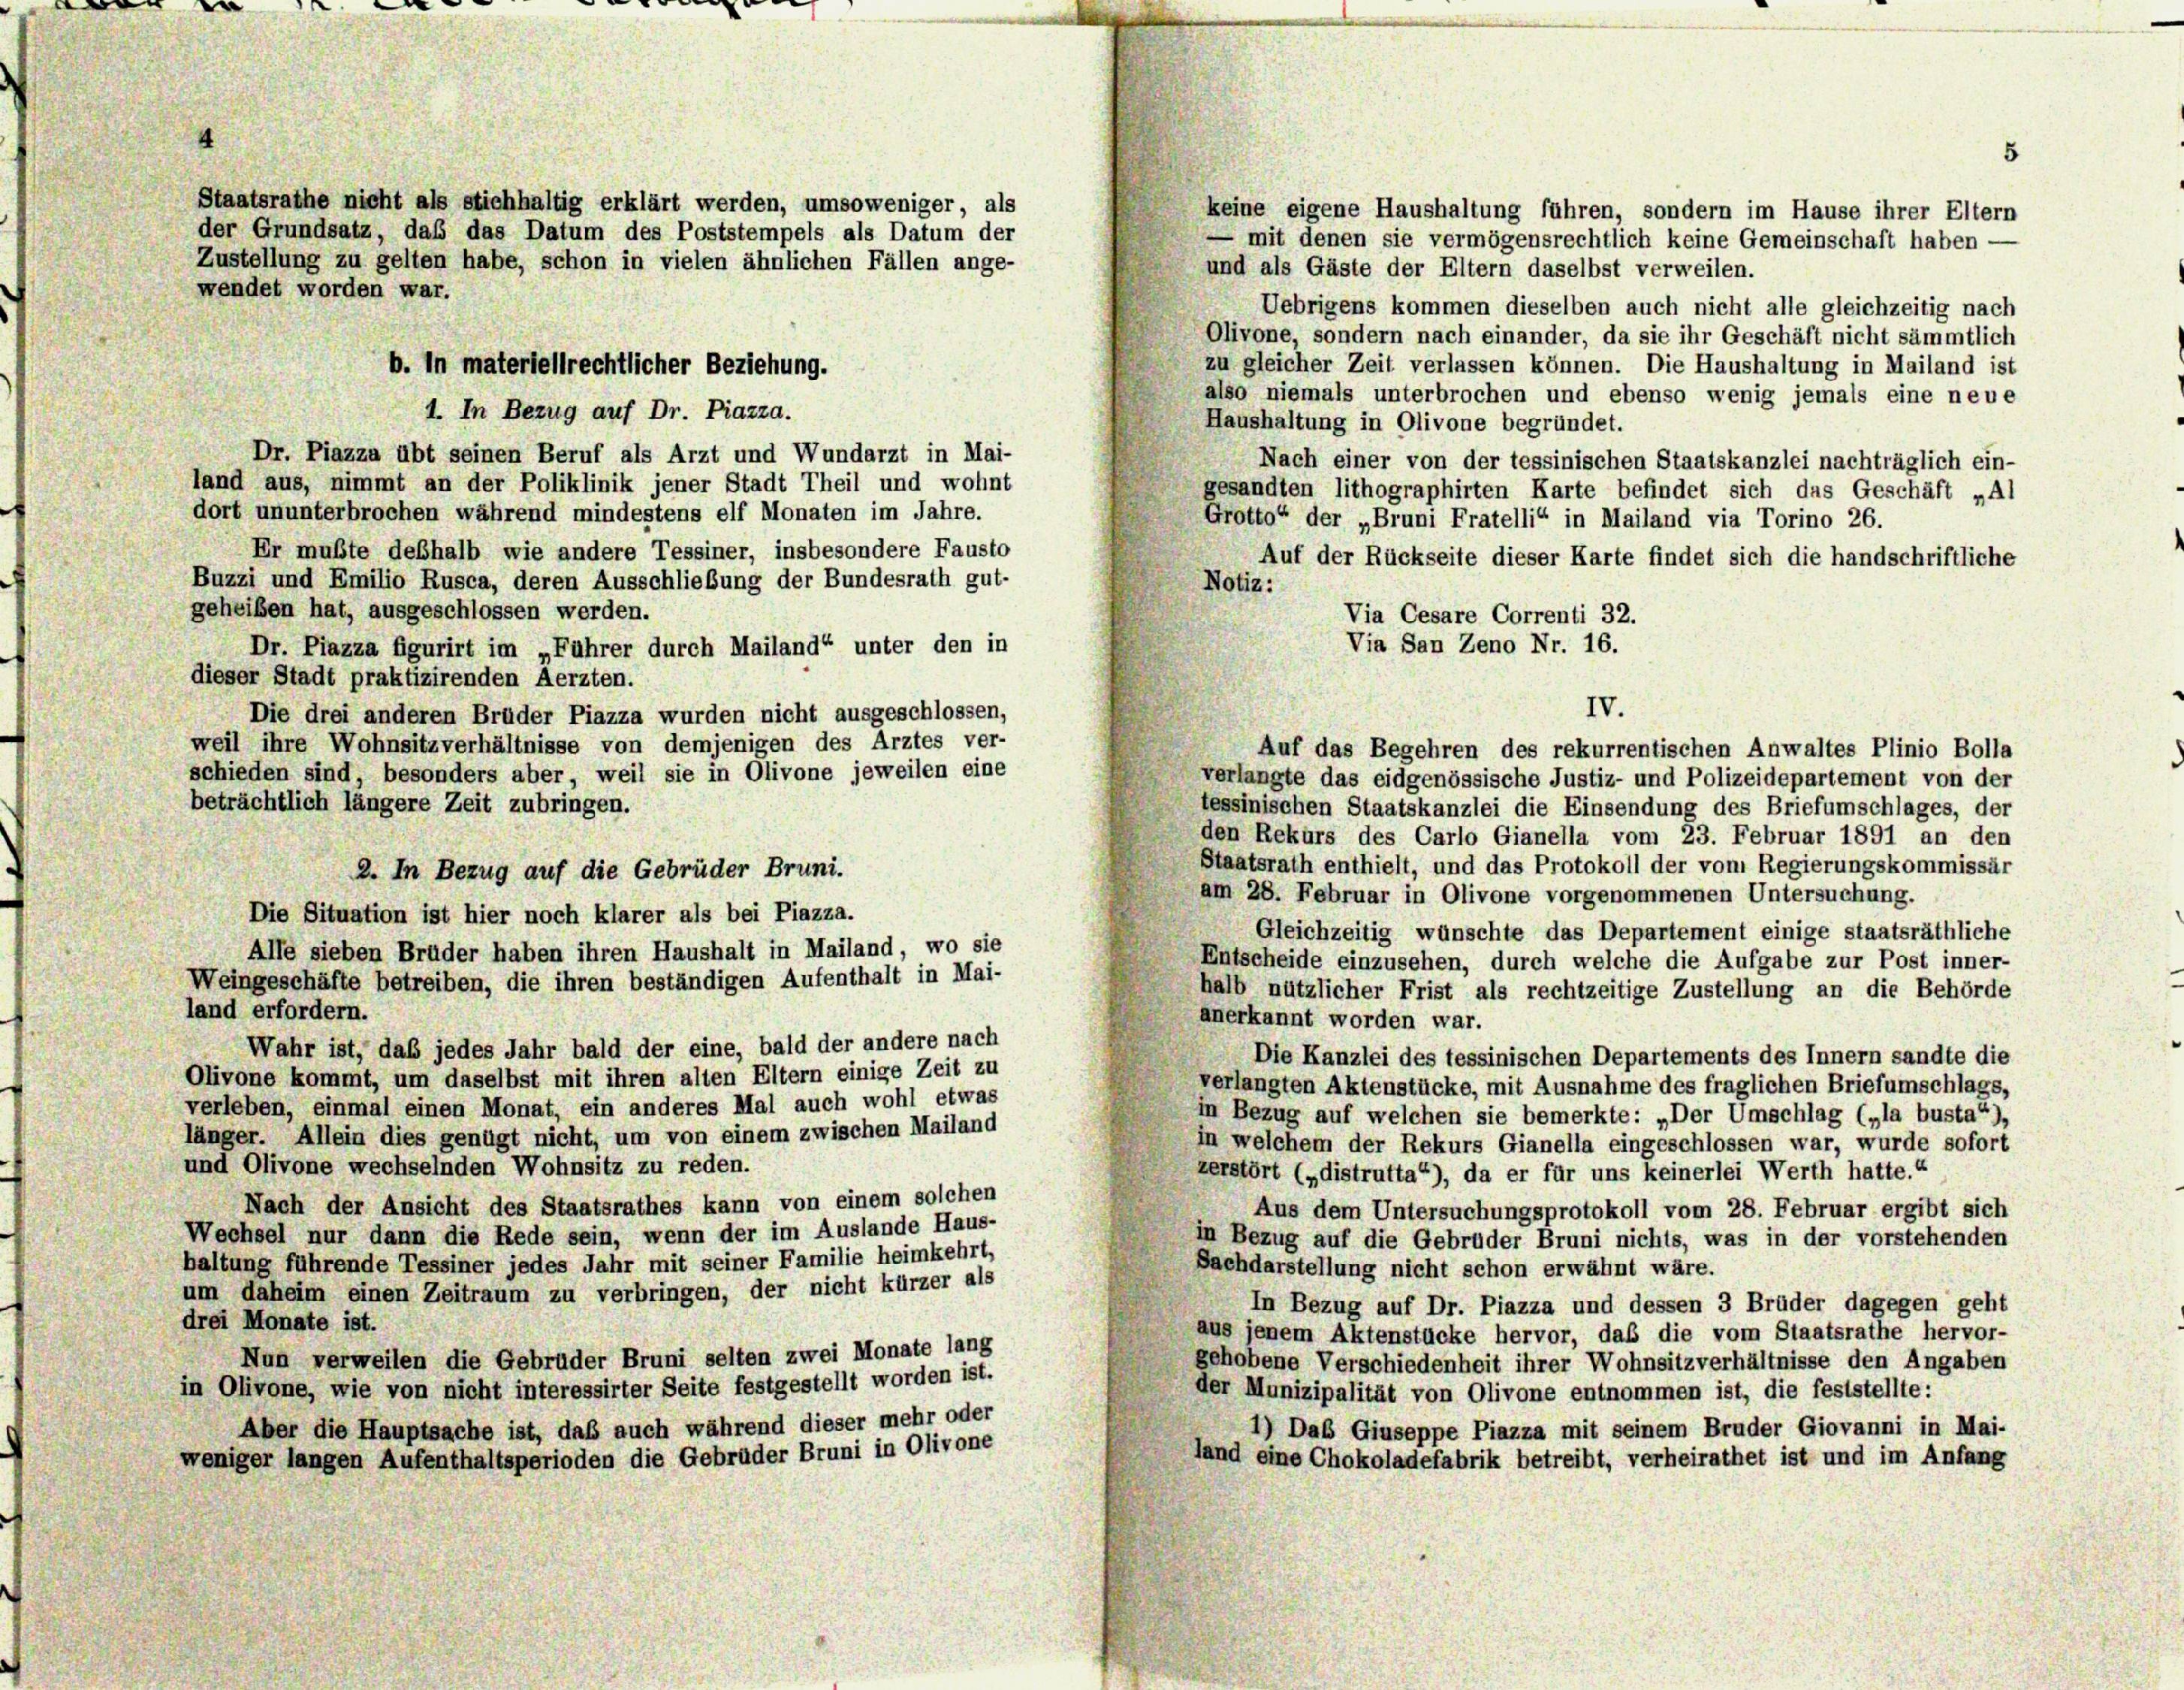
en
n

Staatsrathe nicht als stichhaltig erklärt werden, umsoweniger, als
keine eigene Haushaltung führen, sondern im Hause ihrer Eltern
der Grundsatz, daß das Datum des Poststempels als Datum der
— mit denen sie vermögensrechtlich keine Gemeinschaft haben
und als Gäste der Eltern daselbst verweilen.
Uebrigens kommen dieselben auch nicht alle gleichzeitig nach
Olivone, sondern nach einander, da sie ihr Geschäft nicht sämmtlich
zu gleicher Zeit verlassen können. Die Haushaltung in Mailand ist
also niemals unterbrochen und ebenso wenig jemals eine neue
Haushaltung in Olivone begründet.
Dr. Piazza übt seinen Beruf als Arzt und Wundarzt in Mai-
Nach einer von der tessinischen Staatskanzlei nachträglich ein-
land aus, nimmt an der Poliklinik jener Stadt Theil und wohnt
gesandten lithographirten Karte befindet sich das Geschäft „Al
dort ununterbrochen während mindestens elf Monaten im Jahre.
Grotto“ der „Bruni Fratelli“ in Mailand via Torino 26.
Er mußte deßhalb wie andere Tessiner, insbesondere Fausto
Auf der Rückseite dieser Karte findet sich die handschriftliche
Buzzi und Emilio Rusca, deren Ausschließung der Bundesrath gut-
Notiz:
geheißen hat, ausgeschlossen werden.
Dr. Piazza figurirt im „Führer durch Mailand“ unter den in
dieser Stadt praktizirenden Aerzten.
Die drei anderen Brüder Piazza wurden nicht ausgeschlossen,
weil ihre Wohnsitzverhältnisse von demjenigen des Arztes ver-
Auf das Begehren des rekurrentischen Anwaltes Plinio Bolla
schieden sind, besonders aber, weil sie in Olivone jeweilen eine
verlangte das eidgenössische Justiz- und Polizeidepartement von der
beträchtlich längere Zeit zubringen.
tessinischen Staatskanzlei die Einsendung des Briefumschlages, der
den Rekurs des Carlo Gianella vom 23. Februar 1891 an den
Staatsrath enthielt, und das Protokoll der vom Regierungskommissär
2. In Bezug auf die Gebrüder Bruni.
am 28. Februar in Olivone vorgenommenen Untersuchung.
Die Situation ist hier noch klarer als bei Piazza.
Gleichzeitig wünschte das Departement einige staatsräthliche
Alle sieben Brüder haben ihren Haushalt in Mailand, wo sie
Entscheide einzusehen, durch welche die Aufgabe zur Post inner-
Weingeschäfte betreiben, die ihren beständigen Aufenthalt in Mai-
halb nützlicher Frist als rechtzeitige Zustellung an die Behörde
land erfordern.
anerkannt worden war.
Wahr ist, daß jedes Jahr bald der eine, bald der andere nach
Die Kanzlei des tessinischen Departements des Innern sandte die
Olivone kommt, um daselbst mit ihren alten Eltern einige Zeit zu
verlangten Aktenstücke, mit Ausnahme des fraglichen Briefumschlags,
verleben, einmal einen Monat, ein anderes Mal auch wohl etwas
in Bezug auf welchen sie bemerkte: „Der Umschlag („la busta“)
länger. Allein dies genügt nicht, um von einem zwischen Mailand
in welchem der Rekurs Gianella eingeschlossen war, wurde sofort
und Olivone wechselnden Wohnsitz zu reden.
zerstört („distrutta“), da er für uns keinerlei Werth hatte.“
Nach der Ansicht des Staatsrathes kann von einem solchen
Aus dem Untersuchungsprotokoll vom 28. Februar ergibt sich
Wechsel nur dann die Rede sein, wenn der im Auslande Haus-
in Bezug auf die Gebrüder Bruni nichts, was in der vorstehenden
haltung führende Tessiner jedes Jahr mit seiner Familie heimkehrt,
Sachdarstellung nicht schon erwähnt wäre.
um daheim einen Zeitraum zu verbringen, der nicht kürzer als
In Bezug auf Dr. Piazza und dessen 3 Brüder dagegen geht
drei Monate ist.
aus jenem Aktenstücke hervor, daß die vom Staatsrathe hervor-
Nun verweilen die Gebrüder Bruni selten zwei Monate lang
gehobene Verschiedenheit ihrer Wohnsitzverhältnisse den Angaben
in Olivone, wie von nicht interessirter Seite festgestellt worden ist.
der Munizipalität von Olivone entnommen ist, die feststellte:
Aber die Hauptsache ist, daß auch während dieser mehr oder
1) Das Giuseppe Piazza mit seinem Bruder Giovanni in Mai-
weniger langen Aufenthaltsperioden die Gebrüder Bruni in Olivone
land eine Chokoladefabrik betreibt, verheirathet ist und im Anfang

Zustellung zu gelten habe, schon in vielen ähnlichen Fällen ange-
wendet worden war.

e

b. In materiellrechtlicher Beziehung.
1. In Bezug auf Dr. Piazza.

Via Cesare Correnti 32.

Via San Zeno Nr. 16.
IV.

5